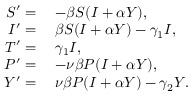
\begin{array} { r l } { S ^ { \prime } = } & { \; - \beta S ( I + \alpha Y ) , } \\ { I ^ { \prime } = } & { \; \beta S ( I + \alpha Y ) - \gamma _ { 1 } I , } \\ { T ^ { \prime } = } & { \; \gamma _ { 1 } I , } \\ { P ^ { \prime } = } & { \; - \nu \beta P ( I + \alpha Y ) , } \\ { Y ^ { \prime } = } & { \; \nu \beta P ( I + \alpha Y ) - \gamma _ { 2 } Y . } \end{array}